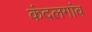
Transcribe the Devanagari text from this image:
कंदलगांव